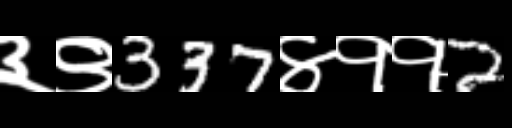
Text: ३९337४११2